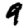
Digit: 9